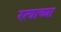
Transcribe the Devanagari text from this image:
रत्याच्या